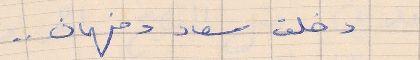
دخلت سعاد وفهمان . .